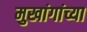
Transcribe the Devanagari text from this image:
मुखांगांच्या